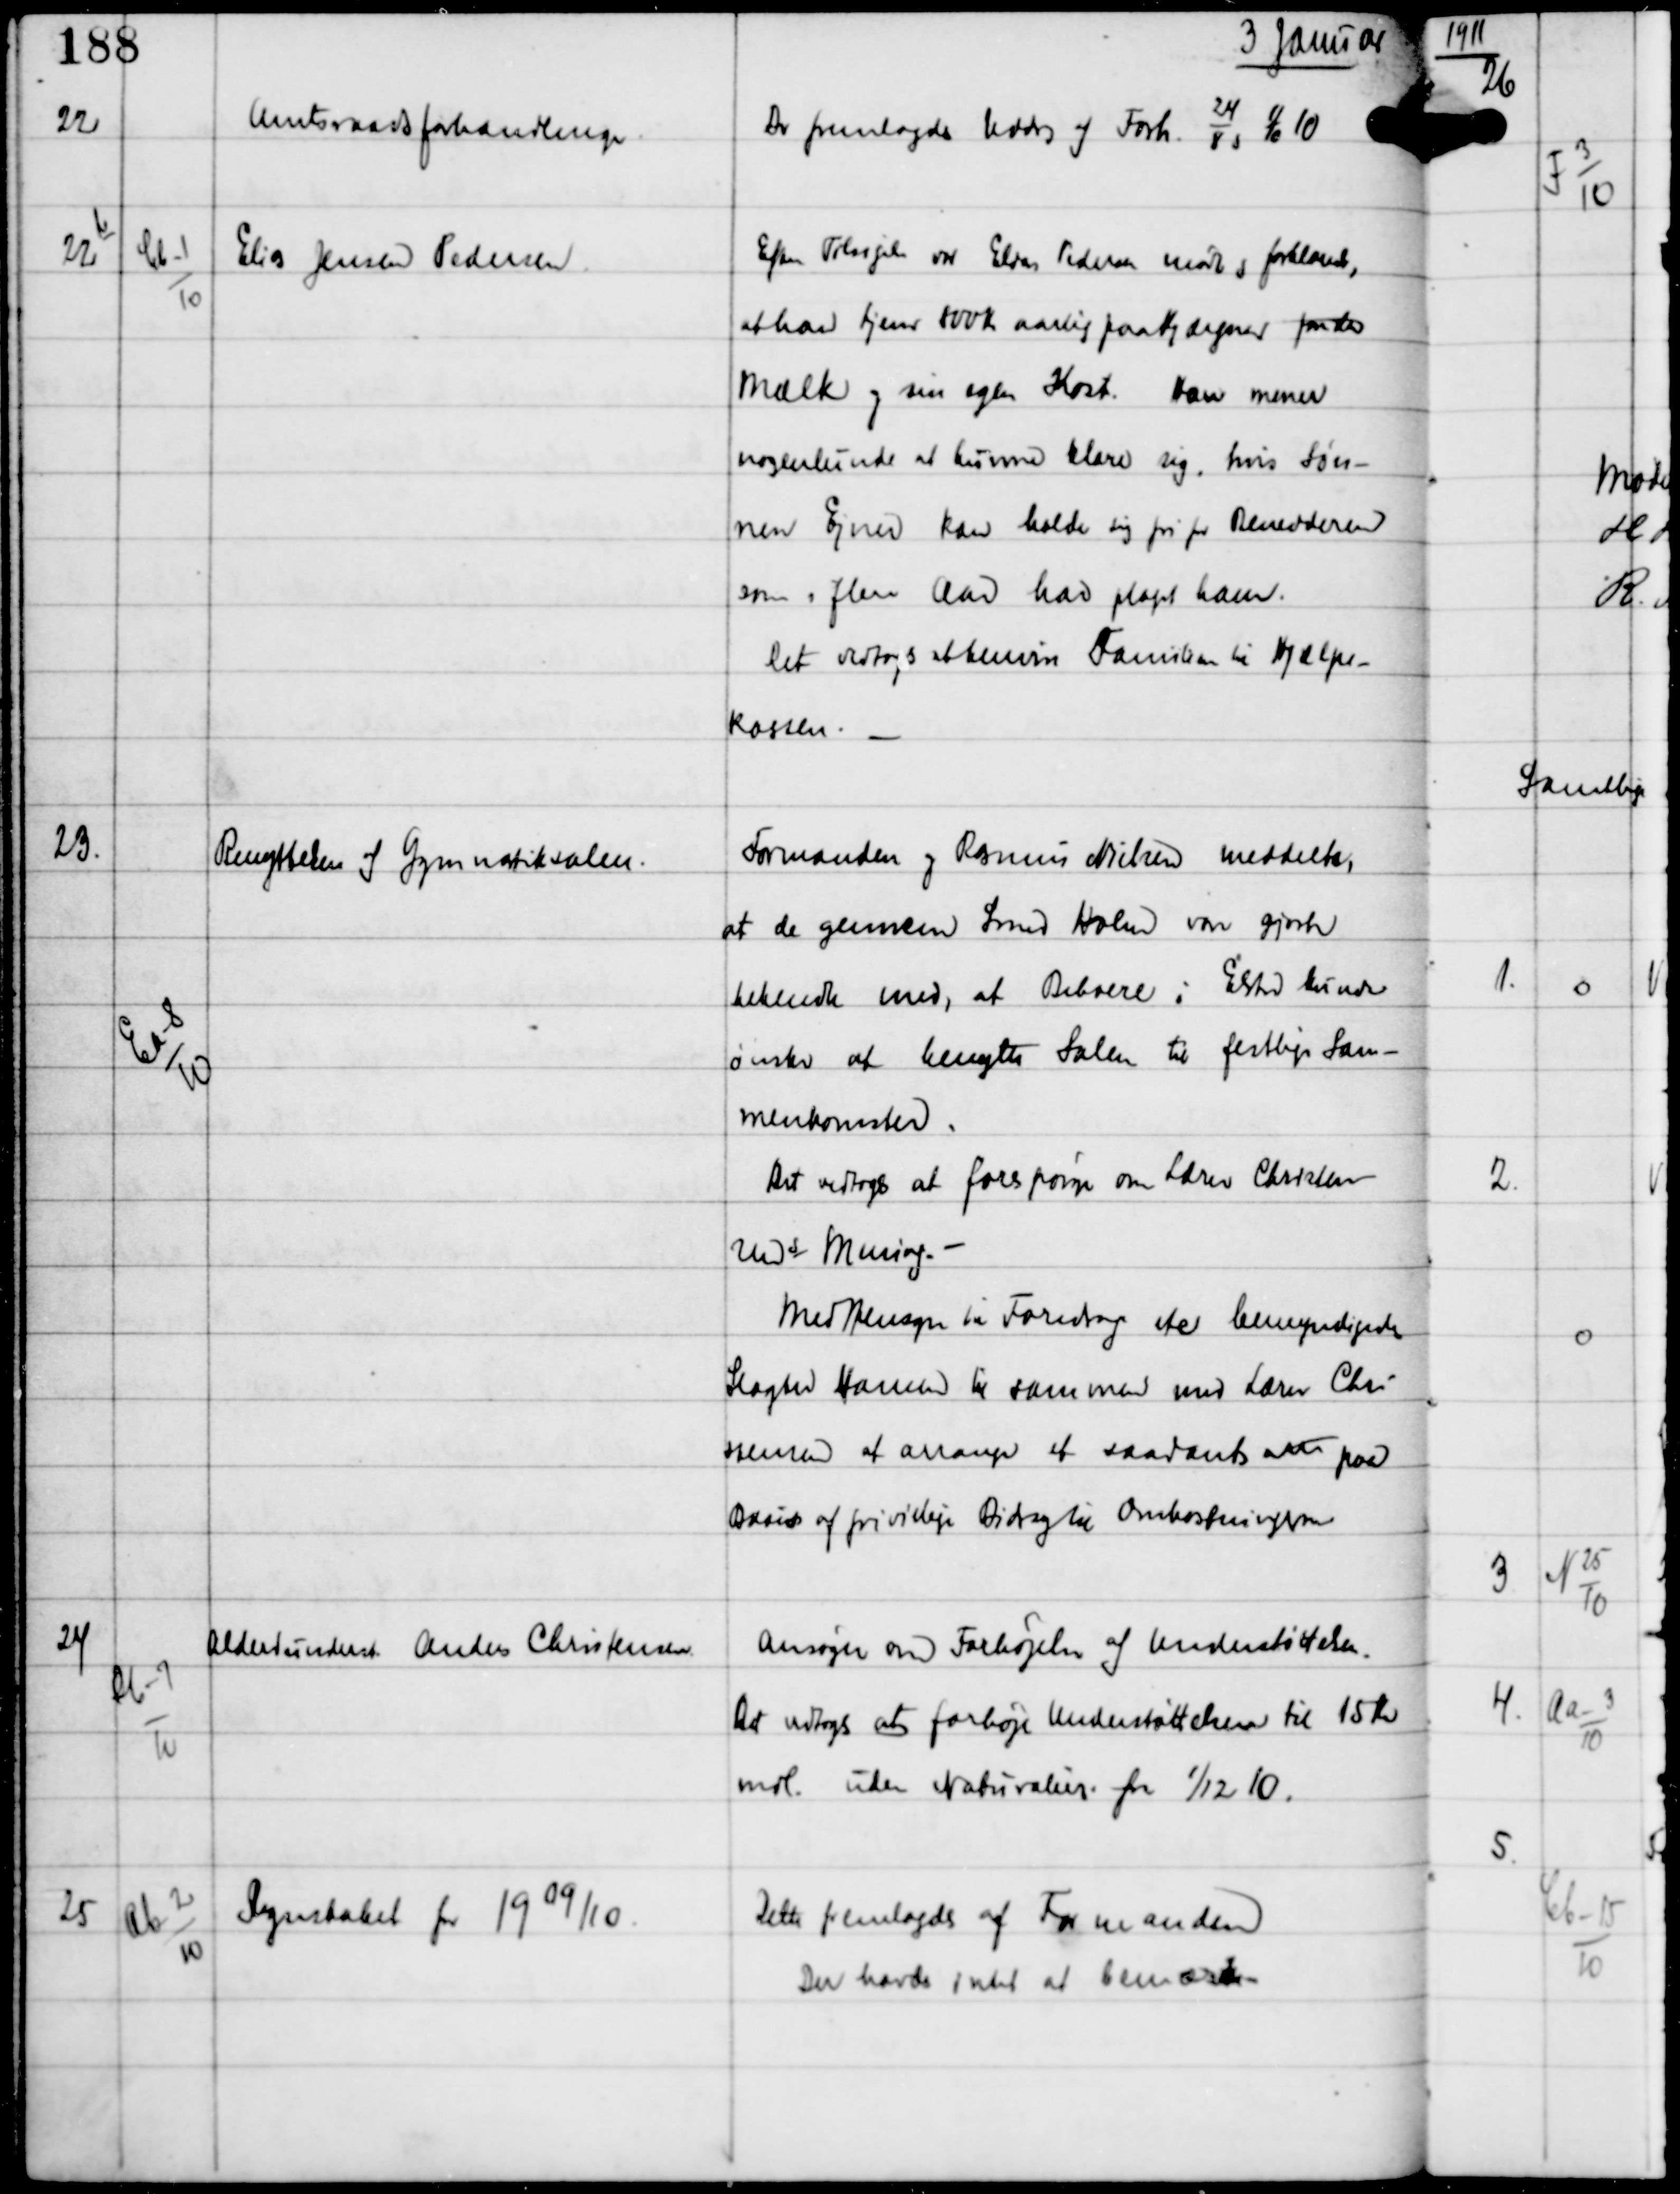
Transskription:
3 Januar

22

Amtsraadsforhandlinger

Der fremlagdes Uddrag af Forh
8
24
og
11
10
10

22 b

Cb-1
10

Elias Jensen Pedersen

Efter Tilsigelse var Elias Pedersen mødt og forklarede,
at han tjener 800 Kr aarligt paa Kjærgaard foruden
Mælk og sin egen Kost. Han mener
nogenlunde at kunne klare sig, hvis Søn-
nen Ejner kan holde sig fri for Ben
som i flere Aar har plaget ham.
Det vedtoges at henvise Familien til Hjælpe-
kassen. -

23.

Ea-8
10

Benyttelsen af Gymnastiksalen.

Formanden og Rasmus Nielsen meddelte,
at de gennem Smed Holm vare gjort
bekendte med, at Beboere i Elsted kunde
ønske at benytte Salen til festlige Sam-
menkomster.
Det vedtoges at forespørge om Lærer Christen-
sens Mening. -
Med Hensyn til Foredrag etc bemyndigedes
Slagter Hansen til sammen med Lærer Chri-
stensen at arrange et saadant atter paa
Basis af frivillige Bidrag til Omkostningerne

24

Ab-7
10

Alderdunderst Anton Christensen

Ansøger om Forhøjelse af Understøttelsen.
Det vedtoges at forhøje Understøttelsen til 15 Kr
mdl uden Naturalier fra 1/12 10.

25

Ab-2
10

Regnskabet for 1909/10

Dette fremlagdes af Formanden
Der havdes intet at bemærke -